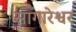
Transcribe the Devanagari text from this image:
सागारेश्वर